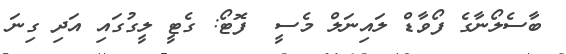
ބާސެލޯނާގެ ފޯވާޑް ލައިނަލް މެސީ  ފޮޓޯ: ގެޓީ ލީގުގައި އަދި ގިނަ